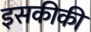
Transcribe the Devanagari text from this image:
इसकीकी